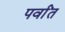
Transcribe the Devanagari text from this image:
पर्वांत